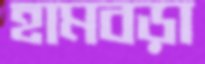
হামবড়া